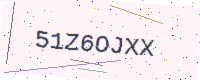
Text: 51Z6OJXX